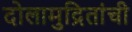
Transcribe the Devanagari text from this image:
दोलामुद्रितांची